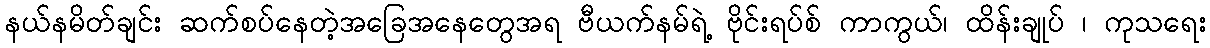
နယ်နမိတ်ချင်း ဆက်စပ်နေတဲ့အခြေအနေတွေအရ ဗီယက်နမ်ရဲ့ ဗိုင်းရပ်စ် ကာကွယ်၊ ထိန်းချုပ် ၊ ကုသရေး